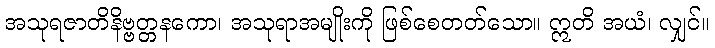
အသုရဇာတိနိဗ္ဗတ္တနကော၊ အသုရာအမျိုးကို ဖြစ်စေတတ်သော။ ဣတိ အယံ၊ လျှင်။